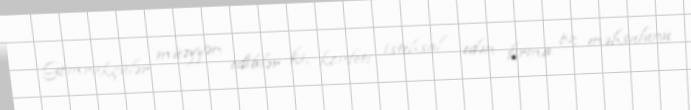
Gömrükçülər müəyyən ediblər ki, konfeti istehsal edən firma öz məhsulunu